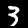
Label: 3